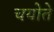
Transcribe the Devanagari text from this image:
चयोते